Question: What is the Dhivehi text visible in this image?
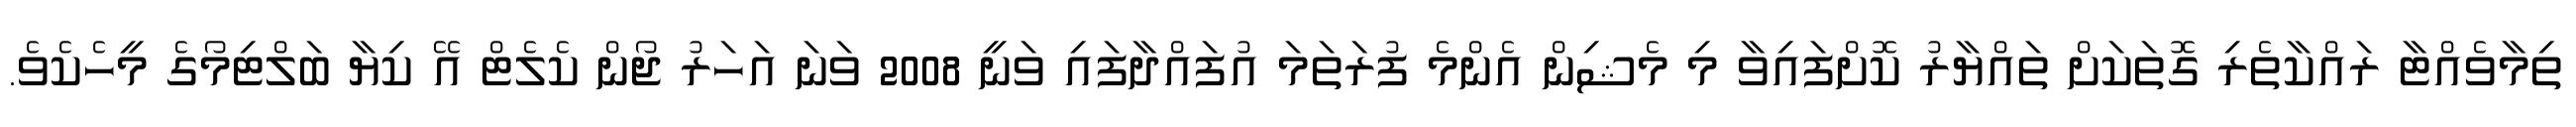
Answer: ތިމާވެއްޓާ ރައްކާތެރި ގޮތަކަށް ތައްޔާރު ކޮށްފައިވާ މި މެޝިން އެންމެ ފުރަތަމަ އުފައްދާފައި ވަނީ 2008 ވަނަ އަހަރު ޖޯން ކެލެޓް އޭ ކިޔާ ބަލްޓިމޯގެ މީހެކެވެ.